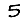
Digit: 5